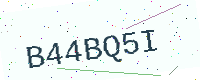
Text: B44BQ5I